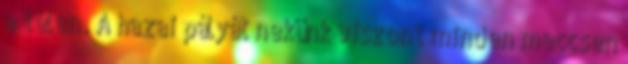
a télen. A hazai pályát nekünk viszont minden meccsen